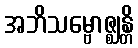
အဘိသမ္ဗောဇ္ဈန္တိ